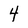
Character: 4